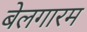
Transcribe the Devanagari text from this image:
बेलगारम